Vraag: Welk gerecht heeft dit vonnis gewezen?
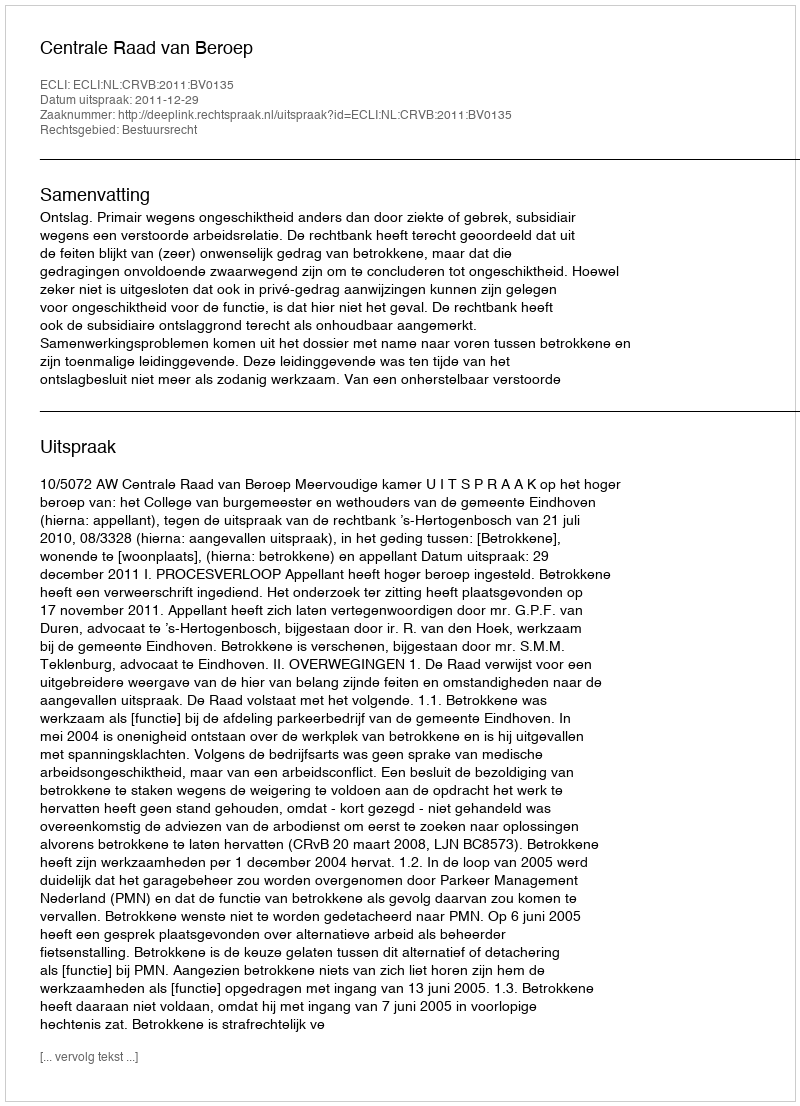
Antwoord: Centrale Raad van Beroep